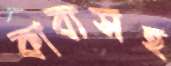
কাব্যসহ